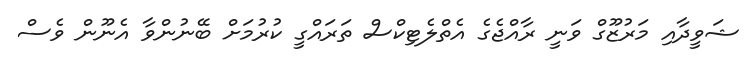
ޝަވީދާއި މަރުޒޫގް ވަނީ ރާއްޖެގެ އެތްލެޓިކްސް ތަރައްގީ ކުރުމަށް ބޭނުންވާ އެނޫން ވެސް